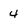
Character: 4